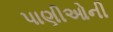
પાણીઓની